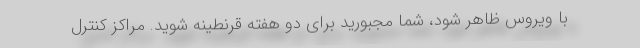
با ویروس ظاهر شود، شما مجبورید برای دو هفته قرنطینه شوید. مراکز کنترل